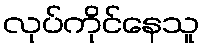
လုပ်ကိုင်နေသူ